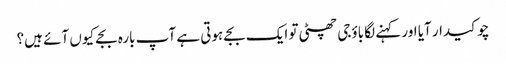
چوکیدار آیا اور کہنے لگا باؤجی چھٹی تو ایک بجے ہوتی ہے آپ بارہ بجے کیوں آئے ہیں؟